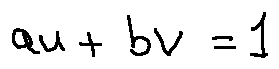
a u + b v = 1